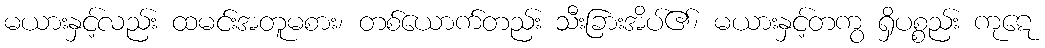
မယားနှင့်လည်း ထမင်းအတူမစား၊ တစ်ယောက်တည်း သီးခြားအိပ်၏၊ မယားနှင့်တကွ ရှိပစ္စည်း ကုဋေ